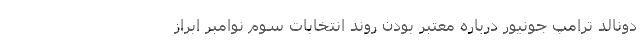
دونالد ترامپ جونیور درباره معتبر بودن روند انتخابات سوم نوامبر ابراز